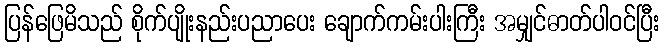
ပြန်ဖြေမိသည် စိုက်ပျိုးနည်းပညာပေး ချောက်ကမ်းပါးကြီး အမျှင်ဓာတ်ပါဝင်ပြီး